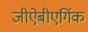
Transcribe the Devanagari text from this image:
जीऐबीएर्गिक